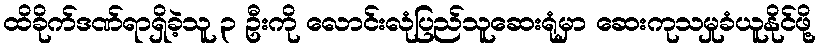
ထိခိုက်ဒဏ်ရာရှိခဲ့သူ ၃ ဦးကို လောင်းလုံပြည်သူဆေးရုံမှာ ဆေးကုသမှုခံယူနိုင်ဖို့